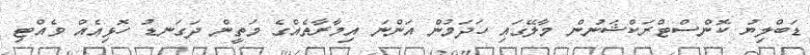
ޑަބްލިޔު ކޮންސްޓްރަކްޝަނުން މާލޭގައި ހަދަމުން އަންނަ އިމާރާތެއްގެ މަތީން ދަގަނޑު ހޮޅިއެއް ވެއްޓި